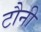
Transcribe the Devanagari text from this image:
टौनी